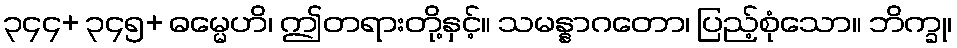
၃၄၄+ ၃၄၅+ ဓမ္မေဟိ၊ ဤတရားတို့နှင့်။ သမန္နာဂတော၊ ပြည့်စုံသော။ ဘိက္ခု၊